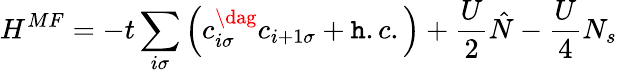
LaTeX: H^{MF}=-t\sum_{i\sigma}\left(c_{i\sigma}^{\dag}c_{i+1\sigma}+\mathtt{h}.c.\right)+\frac{{U}}{{2}}\hat{{N}}-\frac{{U}}{{4}}N_{s}